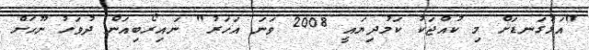
"އަޅުގަނޑަށް މި ކުއްޖަކު ކަމުދިޔައީ 2008 ވަނަ އަހަރު" ނައިރޯބިއަން ދުވަހު ނޫހަށް